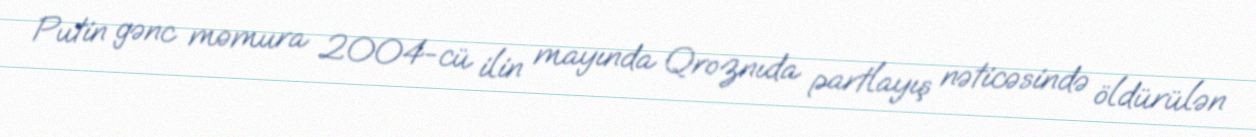
Putin gənc məmura 2004-cü ilin mayında Qroznıda partlayış nəticəsində öldürülən